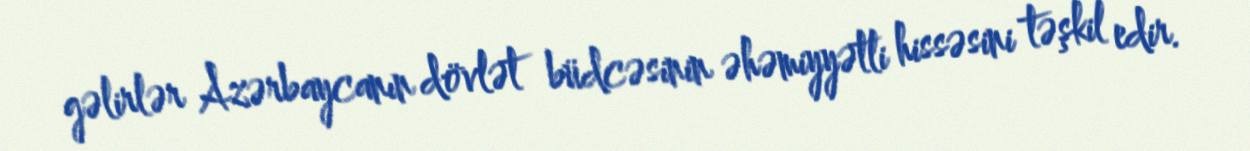
gəlirlər Azərbaycanın dövlət büdcəsinin əhəmiyyətli hissəsini təşkil edir.